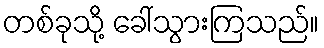
တစ်ခုသို့ ခေါ်သွားကြသည်။